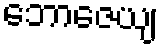
ဘောဇေယျ